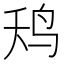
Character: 𮭢